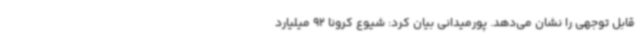
قابل توجهی را نشان می‌دهد. پورمیدانی بیان کرد: شیوع کرونا 92 میلیارد